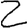
Digit: 2